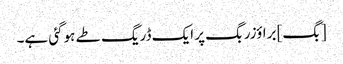
[بگ] براؤزر بگ پر ایک ڈریگ طے ہوگئی ہے۔